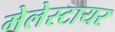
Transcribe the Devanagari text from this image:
मेलेस्टायर